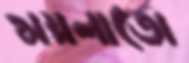
ময়লাতো